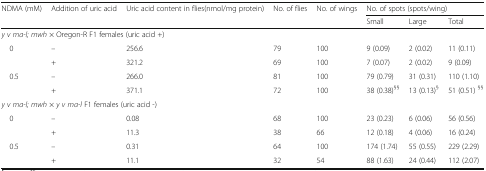
<table><thead><tr><td rowspan="2"><b>NDMA (mM)</b></td><td rowspan="2"><b>Addition of uric acid</b></td><td rowspan="2"><b>Uric acid content in flies(nmol/mg protein)</b></td><td rowspan="2"><b>No. of flies</b></td><td rowspan="2"><b>No. of wings</b></td><td colspan="3"><b>No. of spots (spots/wing)</b></td></tr><tr><td><b>Small</b></td><td><b>Large</b></td><td><b>Total</b></td></tr></thead><tbody><tr><td colspan="8"><i>y v ma-l; mwh</i> × Oregon-R F1 females (uric acid +)</td></tr><tr><td rowspan="2"> 0</td><td>–</td><td>256.6</td><td>79</td><td>100</td><td>9 (0.09)</td><td>2 (0.02)</td><td>11 (0.11)</td></tr><tr><td>+</td><td>321.2</td><td>69</td><td>100</td><td>7 (0.07)</td><td>2 (0.02)</td><td>9 (0.09)</td></tr><tr><td rowspan="2"> 0.5</td><td>–</td><td>266.0</td><td>81</td><td>100</td><td>79 (0.79)</td><td>31 (0.31)</td><td>110 (1.10)</td></tr><tr><td>+</td><td>371.1</td><td>72</td><td>100</td><td>38 (0.38)<sup>§§</sup></td><td>13 (0.13)<sup>§</sup></td><td>51 (0.51) <sup>§§</sup></td></tr><tr><td colspan="8"><i>y v ma-l; mwh</i> × <i>y v ma-l</i> F1 females (uric acid -)</td></tr><tr><td rowspan="2"> 0</td><td>–</td><td>0.08</td><td>68</td><td>100</td><td>23 (0.23)</td><td>6 (0.06)</td><td>56 (0.56)</td></tr><tr><td>+</td><td>11.3</td><td>38</td><td>66</td><td>12 (0.18)</td><td>4 (0.06)</td><td>16 (0.24)</td></tr><tr><td rowspan="2"> 0.5</td><td>–</td><td>0.31</td><td>64</td><td>100</td><td>174 (1.74)</td><td>55 (0.55)</td><td>229 (2.29)</td></tr><tr><td>+</td><td>11.1</td><td>32</td><td>54</td><td>88 (1.63)</td><td>24 (0.44)</td><td>112 (2.07)</td></tr></tbody></table>